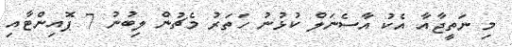
މި ނަތީޖާއާ އެކު އާސެނަލް ކުޅުނު ހަތަރު މެޗުން ލިބުނު 7 ޕޮއިންޓާއި